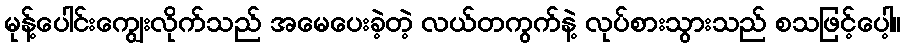
မုန့်ပေါင်းကျွေးလိုက်သည် အမေပေးခဲ့တဲ့ လယ်တကွက်နဲ့ လုပ်စားသွားသည် စသဖြင့်ပေါ့။